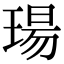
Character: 瑒